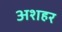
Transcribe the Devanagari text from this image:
अशहर